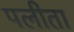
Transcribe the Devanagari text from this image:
पलीता